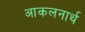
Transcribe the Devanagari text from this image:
आकलनार्थ